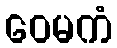
ဝေမကံ